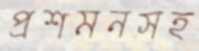
প্রশমনসহ